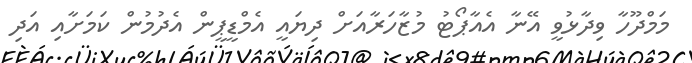
މަމްދޫހާ ވިދާޅުވީ އޭނާ އެއާޕޯޓު މުޒާހަރާއަށް ދިޔައީ އެމްޑީޕީން އެދުމުން ކަމަށާއި އަދި